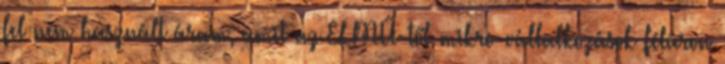
fel nem használt áram, amit az ELMŰ-től mikro-vállalkozások féláron